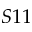
S 1 1